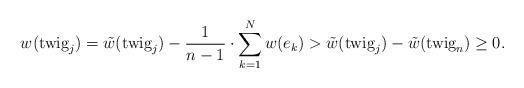
LaTeX: \begin{align*} w(\mbox{twig}_j) = \tilde w (\mbox{twig}_j) - \frac{1}{n-1} \cdot \sum_{k=1}^{N} w (e_k) > \tilde w (\mbox{twig}_j) - \tilde w (\mbox{twig}_n) \geq 0.\end{align*}